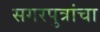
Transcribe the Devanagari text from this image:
सगरपुत्रांचा